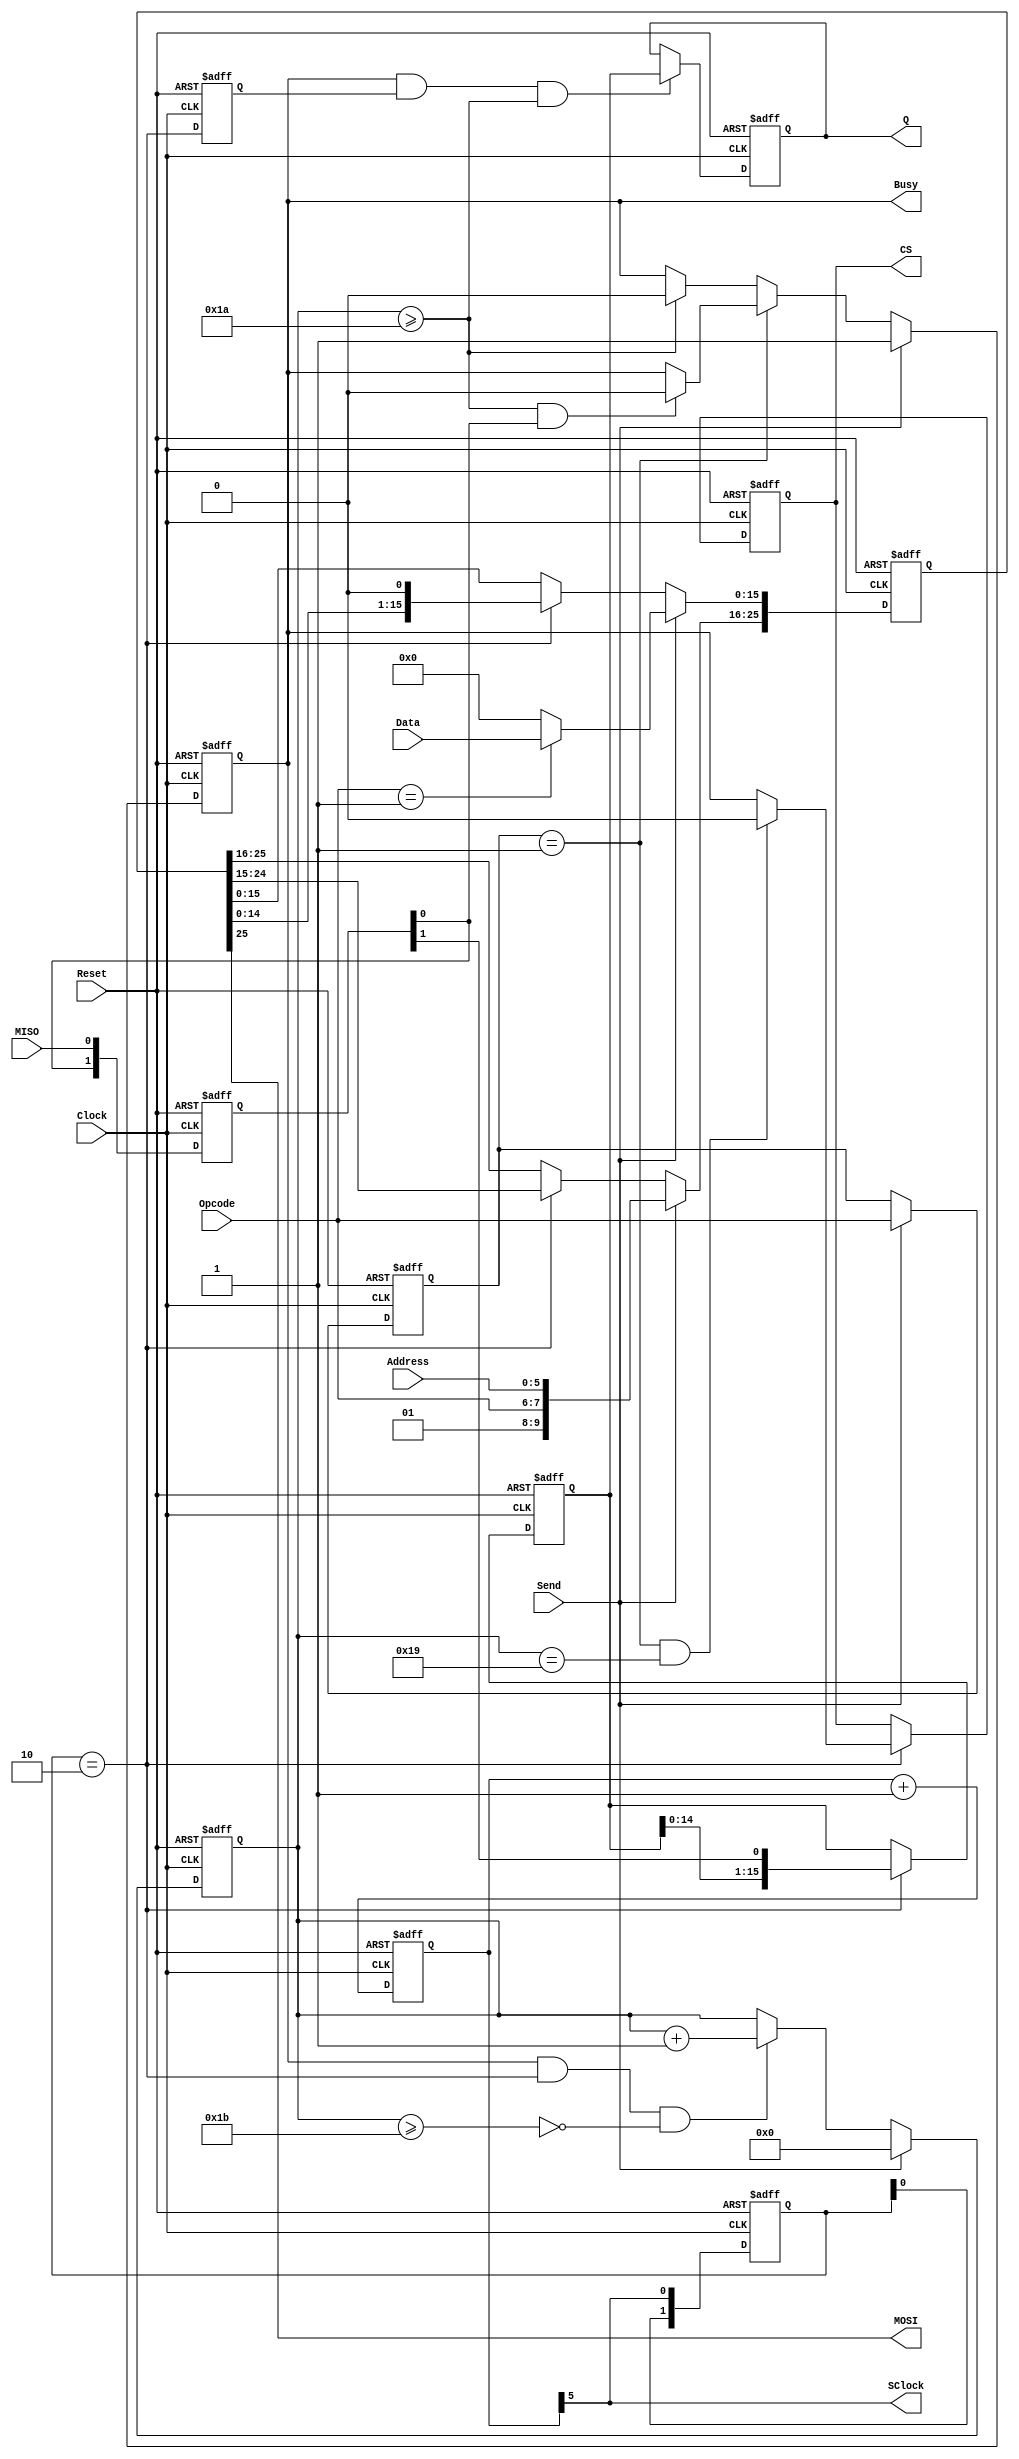
//
//	Tranceiver for AT93C46 Series
//	
/* Portlist
AT93C46_Tranceiver eeprom_tran(
		.Clock(Clock),
		.Reset(Reset),
		
		// For LM8
		.Send(Send),		// i	Start Send
		.Opcode(Opcode),	// i:2
		.Address(Address),	// i:6
		.Data(Data),		// i:15	Write Data
		.Q(Q),				// o:15
		.Busy(Busy)			// o
		
		// For AT93C46
		.SClock(SClock),	// o	= Clock/64
		.MOSI(MOSI),		// o
		.MISO(MISO)			// i
	);
*/

// define opcode
`define READ	2'b10
`define WRITE	2'b01
`define EWEN	2'b00

module AT93C46_Tranceiver
(
	input Clock,Reset,
	
	// For LatticeMico8
	input Send,
	input [1:0] Opcode,
	input [5:0] Address,
	input [15:0] Data,
	output reg [15:0] Q,
	
	// For AT93C46
	input	MISO,		// For DO !!PULLDOWN!!
	output	MOSI,		// For DI
	output	reg CS,
	output	SClock,
	
	output reg Busy
);
	
	reg [5:0] ClockGenCounter;	// SClock
	assign	SClock	= ClockGenCounter[5];
	//	
	reg [1:0] rSIN,rSClock;
	always@(posedge Reset or posedge Clock) begin
		if(Reset)begin
			{rSIN,rSClock,ClockGenCounter}
				<= 1'b0;
		end else begin
			ClockGenCounter	<= ClockGenCounter+1'b1;
		
			rSIN	<= {rSIN[0],MISO};
			rSClock	<= {rSClock[0],SClock};
		end
	end
	
	wire wNegEdge	= rSClock == 2'b10;
	reg [25:0] rOutSR;
	reg [15:0] rInSR;
	reg [4:0] rNEdgeCount;
	reg [1:0] rOpcode;
	reg rNegEdge;
	assign MOSI	= rOutSR[25];
	wire wNEdgeCountEnd = (rNEdgeCount >= 5'd27);
	wire wEnd = (rNEdgeCount >= 5'd26);
	wire wSeqWrite = (rOpcode==`WRITE);	//WRITE Sequens
	always@(posedge Reset or posedge Clock) begin
		if(Reset)begin
			{rOutSR,rNEdgeCount,rInSR,Q,Busy,CS,rNegEdge,rOpcode}
				<= 1'b0;
				
		end else begin
		
			if(Send)
				rOpcode	<= Opcode;
			
			if(Send) begin
				rOutSR[25:16]	<= {2'b01,Opcode,Address};
				rOutSR[15:0]	<= (Opcode==`WRITE)? Data : 15'b0;
			end else if(wNegEdge)
				rOutSR	<= {rOutSR[24:0],1'b0};
			
			if(Send)
				Busy	<= 1'b1;
			else if(wSeqWrite) begin
				if(wEnd&&rSIN[0])
					Busy	<= 1'b0;
			end else if(wEnd)
				Busy	<= 1'b0;
			
				
			if(wNegEdge)
				rInSR	<= {rInSR[14:0],rSIN[1]};
				
			if(wNegEdge)begin
				if(wSeqWrite&&(rNEdgeCount == 5'd25))
					CS		<= 1'b0;
				else
					CS		<= Busy;
			end
				
			rNegEdge 	<= wNegEdge;
			
			if(Busy & rNegEdge & wEnd)
				Q		<= rInSR;
				
			if(Send)
				rNEdgeCount	<= 5'b0;
			else if(Busy && wNegEdge && !wNEdgeCountEnd)
				rNEdgeCount	<= rNEdgeCount + 1'b1;
			
		end
	end
		
endmodule